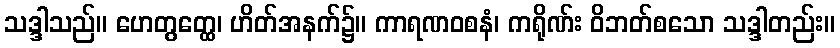
သဒ္ဒါသည်။ ဟေတွတ္ထေ၊ ဟိတ်အနက်၌။ ကာရဏဝစနံ၊ ကရိုဏ်း ဝိဘတ်စသော သဒ္ဒါတည်း။